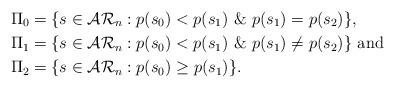
LaTeX: \begin{align*}\Pi_{0}&= \{ s \in\mathcal{AR}_{n} : p(s_{0}) < p(s_{1})\ \& \ p(s_{1})=p(s_{2})\},\\\Pi_{1}&= \{ s \in\mathcal{AR}_{n} : p(s_{0}) < p(s_{1}) \ \& \ p(s_{1})\not=p(s_{2})\} \mbox{ and }\\\Pi_{2}&= \{ s \in\mathcal{AR}_{n} :p(s_{0})\ge p(s_{1})\}.\end{align*}